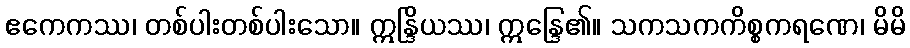
ဧကေကဿ၊ တစ်ပါးတစ်ပါးသော။ ဣန္ဒြိယဿ၊ ဣန္ဒြေ၏။ သကသကကိစ္စကရဏေ၊ မိမိ